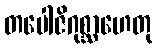
တပေါဇိဂုစ္ဆာဟေတု